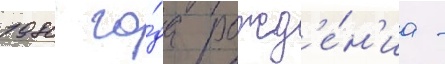
1980 го́да рожд'е́н'иа -